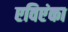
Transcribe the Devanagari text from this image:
एविएंका